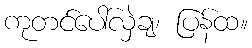
ကုတင်ပေါ်လှဲချ၊ ပြန်ထ။